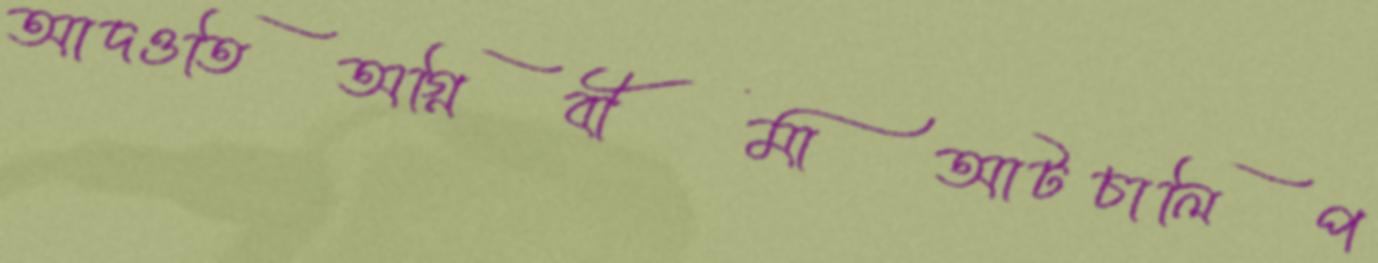
আদওতিঅগ্নিবীমাআটচালিপ